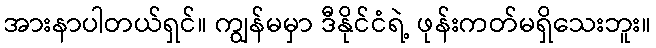
အားနာပါတယ်ရှင်။ ကျွန်မမှာ ဒီနိုင်ငံရဲ့ ဖုန်းကတ်မရှိသေးဘူး။